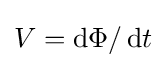
V=\operatorname {d} \!\Phi /\operatorname {d} \!t